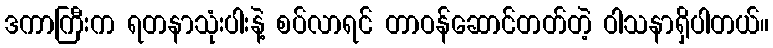
ဒကာကြီးက ရတနာသုံးပါးနဲ့ စပ်လာရင် တာဝန်ဆောင်တတ်တဲ့ ဝါသနာရှိပါတယ်။